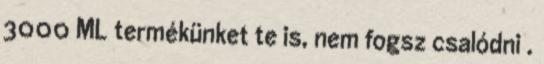
3000 ML termékünket te is, nem fogsz csalódni .